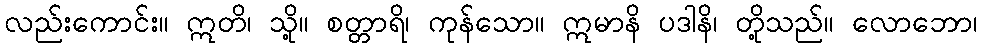
လည်းကောင်း။ ဣတိ၊ သို့။ စတ္တာရိ၊ ကုန်သော။ ဣမာနိ ပဒါနိ၊ တို့သည်။ လောဘော၊